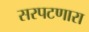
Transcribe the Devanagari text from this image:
सरपटणारा